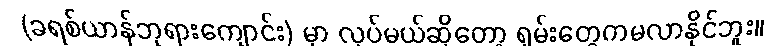
(ခရစ်ယာန်ဘုရားကျောင်း) မှာ လုပ်မယ်ဆိုတော့ ရှမ်းတွေကမလာနိုင်ဘူး။